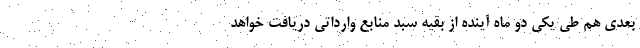
بعدی هم طی یکی دو ماه آینده از بقیه سبد منابع وارداتی دریافت خواهد